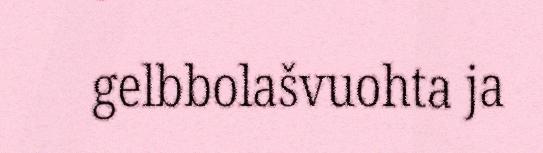
gelbbolašvuohta ja